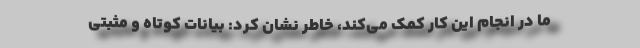
ما در انجام این کار کمک می‌کند، خاطر نشان کرد: بیانات کوتاه و مثبتی